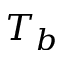
T _ { b }